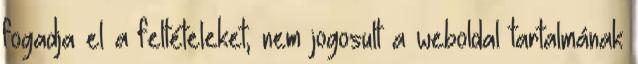
fogadja el a feltételeket, nem jogosult a weboldal tartalmának